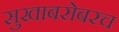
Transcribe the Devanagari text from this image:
सुखाबरोबरच